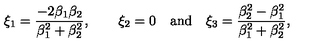
\xi _ { 1 } = \frac { - 2 \beta _ { 1 } \beta _ { 2 } } { \beta _ { 1 } ^ { 2 } + \beta _ { 2 } ^ { 2 } } , \qquad \xi _ { 2 } = 0 \quad \mathrm { a n d \quad } \xi _ { 3 } = \frac { \beta _ { 2 } ^ { 2 } - \beta _ { 1 } ^ { 2 } } { \beta _ { 1 } ^ { 2 } + \beta _ { 2 } ^ { 2 } } ,